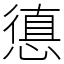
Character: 憄